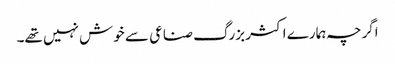
اگرچہ ہمارے اکثر بزرگ صناعی سے خوش نہیں تھے۔